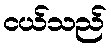
ငယ်သည်